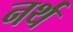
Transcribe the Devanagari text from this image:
नर्थ